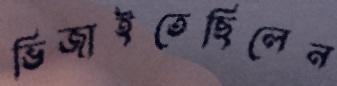
ভিজাইতেছিলেন